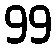
99